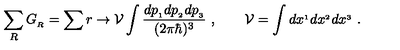
\sum _ { R } G _ { _ R } = \sum r \rightarrow { \cal V } \int { \frac { d p _ { _ 1 } d p _ { _ 2 } d p _ { _ 3 } } { ( 2 \pi \hbar ) ^ { 3 } } } \ , \qquad { \cal V } = \int d x ^ { _ 1 } d x ^ { _ 2 } d x ^ { _ 3 } \ .